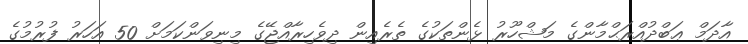
އާދަމް ޢަބްދުއްރަޙްމާންގެ މަޝްހޫރު ޅެންތަކުގެ ތެރެއިން ދިވެހިރާއްޖޭގެ މިނިވަންކަމަށް 50 އަހަރު ފުރުމުގެ